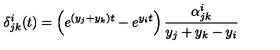
\delta _ { j k } ^ { i } ( t ) = \left( e ^ { ( y _ { j } + y _ { k } ) t } - e ^ { y _ { i } t } \right) \frac { \alpha _ { j k } ^ { i } } { y _ { j } + y _ { k } - y _ { i } }